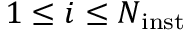
1 \le i \le N _ { \mathrm { i n s t } }